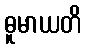
ဓူမာယတိ